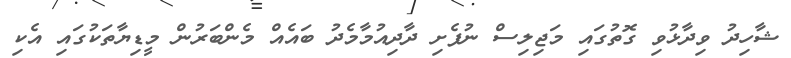
ޝާހިދު ވިދާޅުވި ގޮތުގައި މަޖިލިސް ނުފެށި ދާދިއުމާމެދު ބައެއް މެންބަރުން މީޑިޔާތަކުގައި އެކި